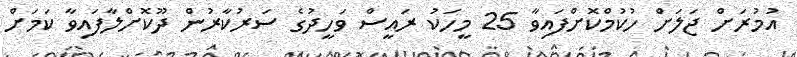
އުމުރަށް ޖަލަށް ހުކުމްކޮށްފައިވާ 25 މީހަކު ރައީސް ވަހީދުގެ ސަރުކާރުން ދޫކޮށްލާފައިވާ ކަމަށް